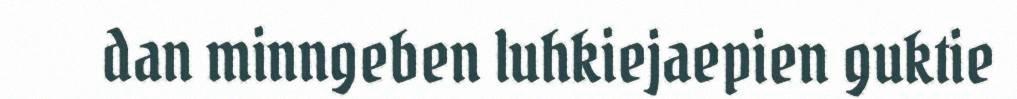
dan minngeben luhkiejaepien guktie